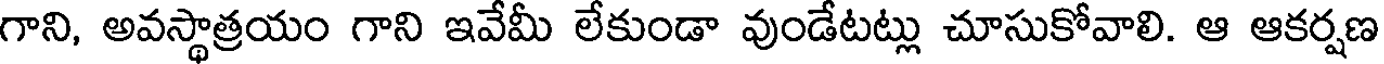
గాని, అవస్థాత్రయం గాని ఇవేమీ లేకుండా వుండేటట్లు చూసుకోవాలి. ఆ ఆకర్షణ